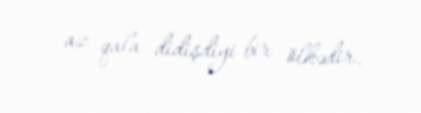
az qala didişdiyi bir ölkədir.